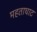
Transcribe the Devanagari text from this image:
महताघाट